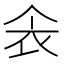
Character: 𫢚